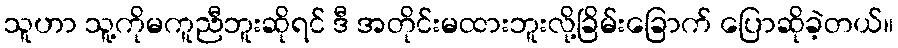
သူဟာ သူ့ကိုမကူညီဘူးဆိုရင် ဒီ အတိုင်းမထားဘူးလို့ခြိမ်းခြောက် ပြောဆိုခဲ့တယ်။